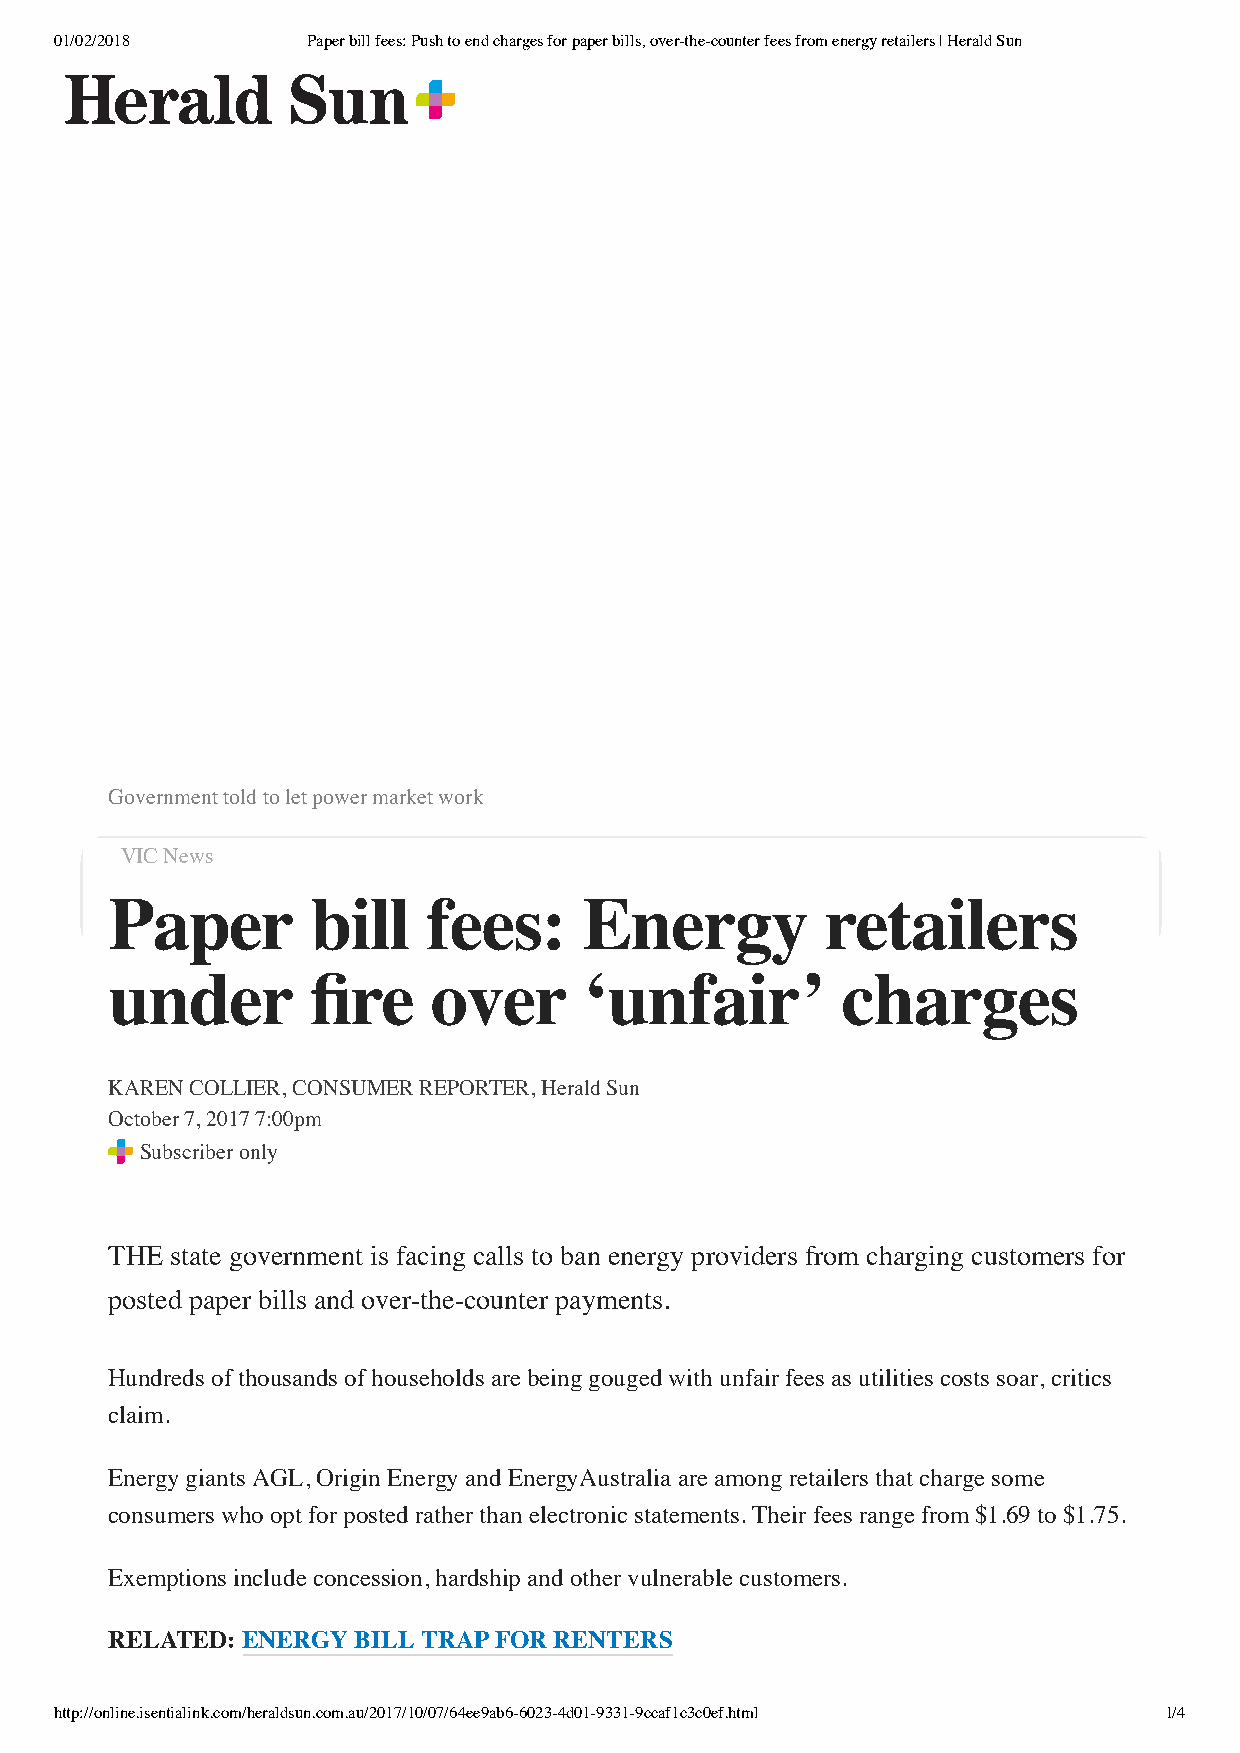
01/02/2018      Paper bill fees: Push to end charges for paper bills, over-the-counter fees from energy retailers | Herald Sun
 Government told to let power market work
 VIC News
 Paper         bill   fees:      Energy          retailers
 under         fire   over       ‘unfair’         charges
 KAREN COLLIER, CONSUMER REPORTER, Herald Sun
 October 7, 2017 7:00pm
 Subscriber only
 THE state government is facing calls to ban energy providers from charging customers for
 posted paper bills and over-the-counter payments.
 Hundreds of thousands of households are being gouged with unfair fees as utilities costs soar, critics
 claim.
 Energy giants AGL, Origin Energy and EnergyAustralia are among retailers that charge some
 consumers who opt for posted rather than electronic statements. Their fees range from $1.69 to $1.75.
 Exemptions include concession, hardship and other vulnerable customers.
 RELATED: ENERGY  BILL TRAP FOR RENTERS
 http://online.isentialink.com/heraldsun.com.au/2017/10/07/64ee9ab6-6023-4d01-9331-9ccaf1c3c0ef.html 1/4